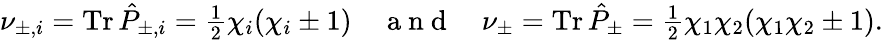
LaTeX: \textstyle\nu_{\pm,i}=\operatorname{Tr}\hat{P}_{\pm,i}\stackrel{}{=}\frac{1}{2}\chi_{i}(\chi_{i}\pm 1)\quad\mathrm{~a~n~d~}\quad\nu_{\pm}=\operatorname{Tr}\hat{P}_{\pm}\stackrel{}{=}\frac{1}{2}\chi_{1}\chi_{2}(\chi_{1}\chi_{2}\pm 1).